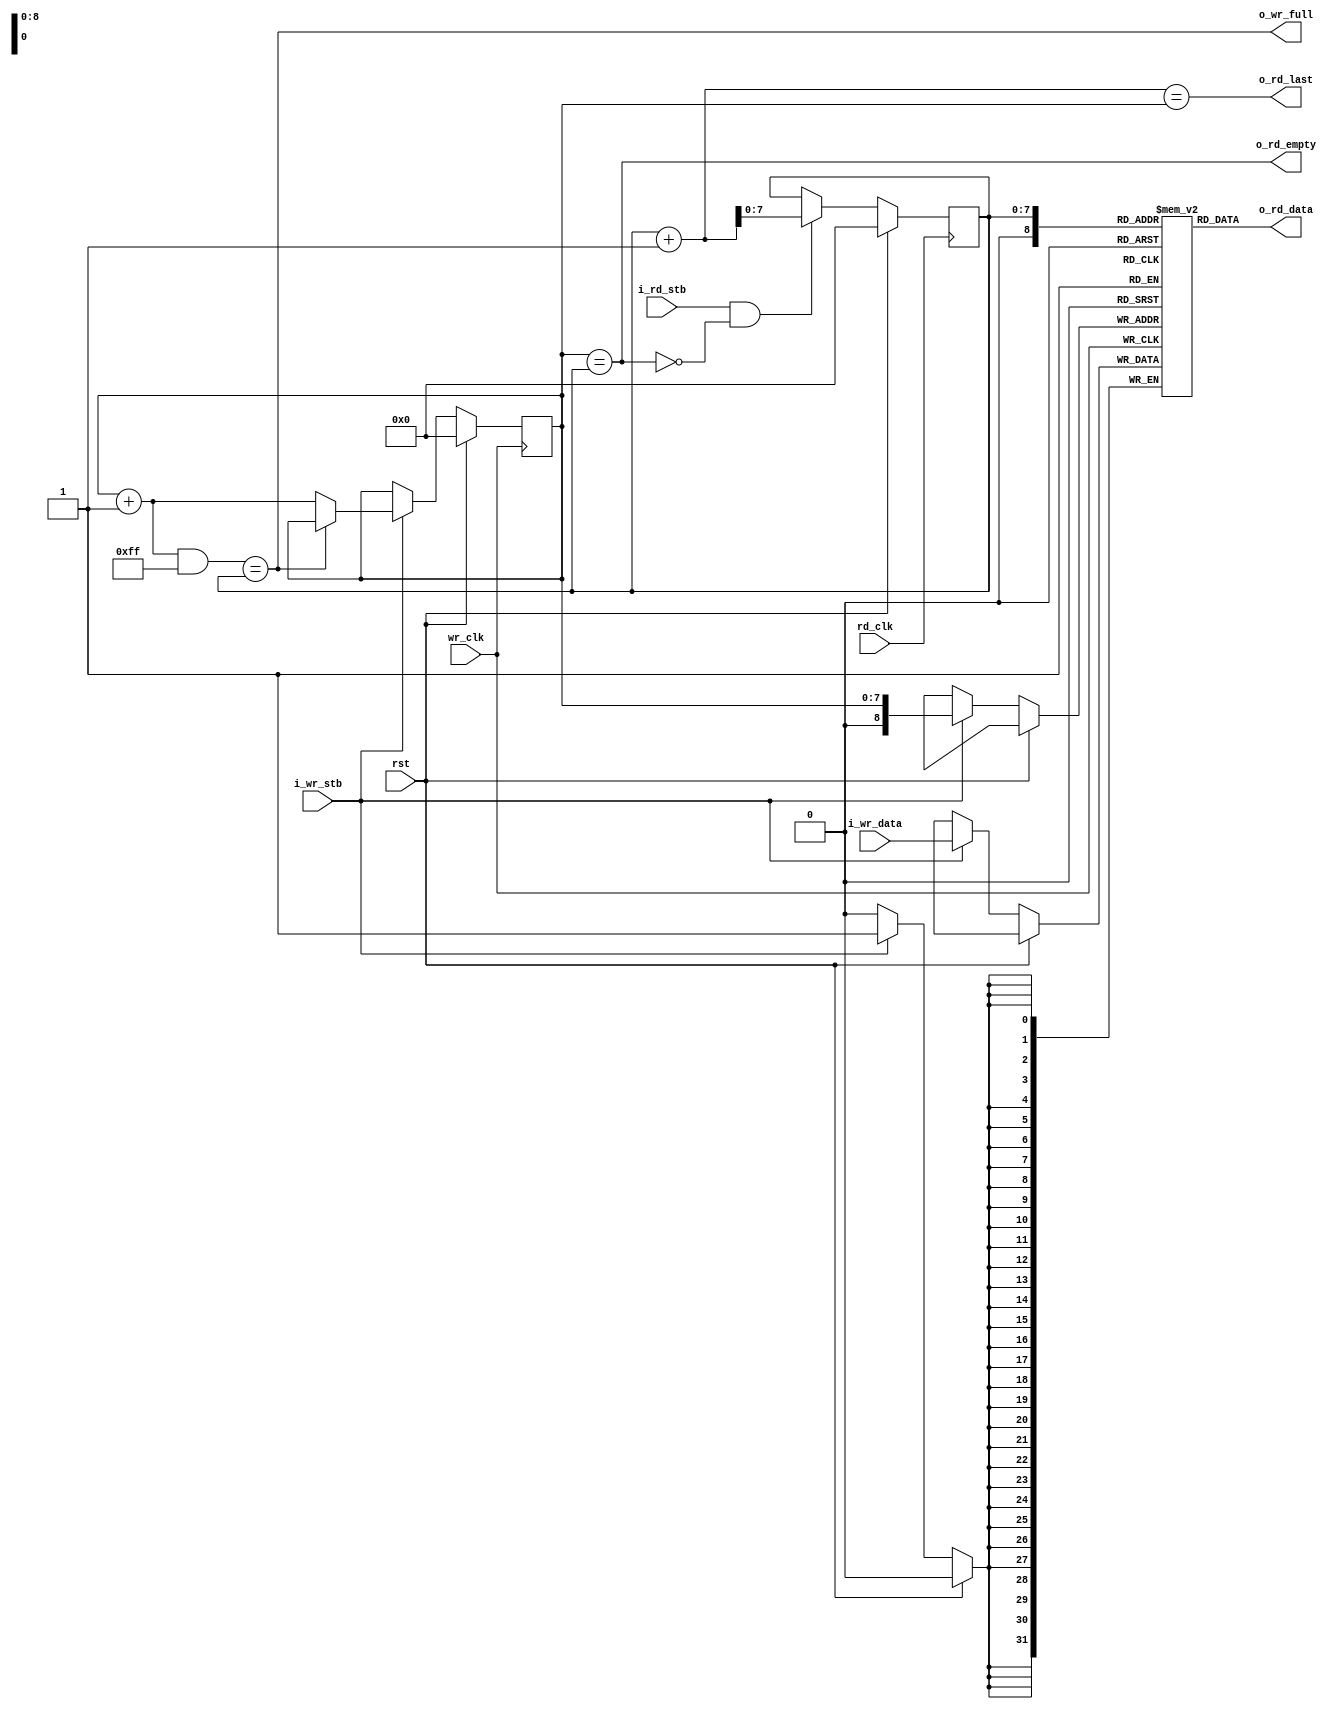
module sync_fifo #(
  parameter MEM_DEPTH   = 8,
  parameter DATA_WIDTH  = 32
)(
  input                           wr_clk,
  input                           rd_clk,
  input                           rst,

  output                          o_wr_full,
  //output  reg                     o_rd_empty,
  output                          o_rd_empty,

  input       [DATA_WIDTH - 1: 0] i_wr_data,
  input                           i_wr_stb,

  input                           i_rd_stb,
  output                          o_rd_last,
  output      [DATA_WIDTH - 1: 0] o_rd_data
);

//localparameters
localparam  MEM_SIZE = (2 ** (MEM_DEPTH));
//Registers/Wires
reg [DATA_WIDTH - 1: 0] mem[0:MEM_SIZE];
reg [MEM_DEPTH - 1: 0]      r_in_pointer;
reg [MEM_DEPTH - 1: 0]      r_out_pointer;
wire                        w_o_rd_empty;

wire  [MEM_DEPTH - 1: 0]    w_next_wr_addr;

//Submodules
//Asynchronous Logic
assign  w_next_wr_addr  = (r_in_pointer + 1) & (MEM_SIZE - 1);
//assign  w_o_rd_empty = (r_in_pointer == r_out_pointer);
assign  o_rd_empty = (r_in_pointer == r_out_pointer);
assign  o_rd_last  = ((r_out_pointer + 1) == r_in_pointer);
//assign  o_wr_full  = (r_out_pointer == 0) ? (r_in_pointer == (MEM_SIZE - 1)) : ((r_in_pointer + 1) == r_out_pointer);
assign  o_wr_full  = (w_next_wr_addr == r_out_pointer);
assign  o_rd_data  = mem[r_out_pointer];
//Synchronous Logic

always @ (posedge wr_clk) begin
  if (rst) begin
    r_in_pointer  <=  0;
  end
  else begin
    if (i_wr_stb) begin
      mem[r_in_pointer] <=  i_wr_data;
      if (!o_wr_full) begin
        r_in_pointer      <=  r_in_pointer + 1;
      end
    end
  end
end

always @ (posedge rd_clk) begin
  if (rst) begin
    r_out_pointer <=  0;
    //o_rd_empty         <=  1;
  end
  else begin
    //o_rd_empty               <=  w_o_rd_empty;
    if(i_rd_stb && !o_rd_empty) begin
      r_out_pointer     <=  r_out_pointer + 1;
    end
  end
end
 
endmodule